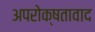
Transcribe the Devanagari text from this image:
अपरोक्षतावाद